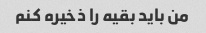
من باید بقیه را ذخیره کنم